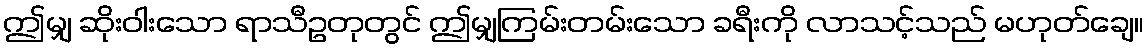
ဤမျှ ဆိုးဝါးသော ရာသီဥတုတွင် ဤမျှကြမ်းတမ်းသော ခရီးကို လာသင့်သည် မဟုတ်ချေ။